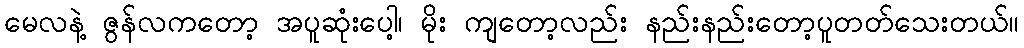
မေလနဲ့ ဇွန်လကတော့ အပူဆုံးပေါ့၊ မိုး ကျတော့လည်း နည်းနည်းတော့ပူတတ်သေးတယ်။